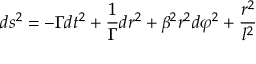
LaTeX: d s ^ { 2 } = - \Gamma d t ^ { 2 } + \frac 1 \Gamma d r ^ { 2 } + \beta ^ { 2 } r ^ { 2 } d \varphi ^ { 2 } + \frac { r ^ { 2 } } { l ^ { 2 } }